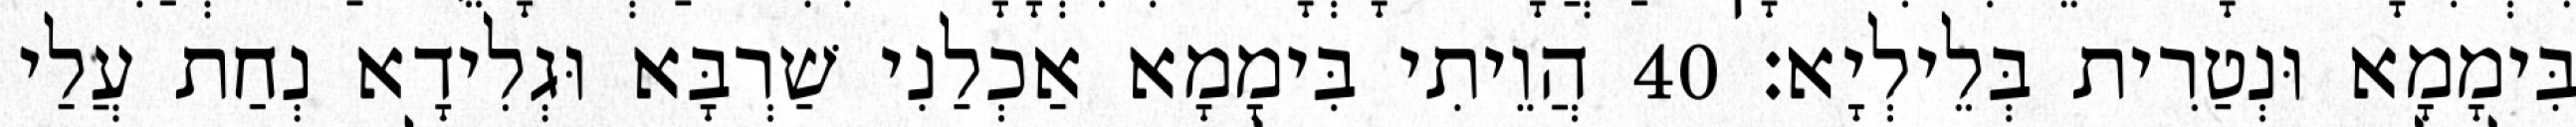
בִּימָמָא וּנְטַרִית בְּלֵילְיָא׃ 40 הֲוֵיתִי בִּימָמָא אַכְלַנִי שַׁרְבָּא וּגְלִידָא נְחַת עֲלַי